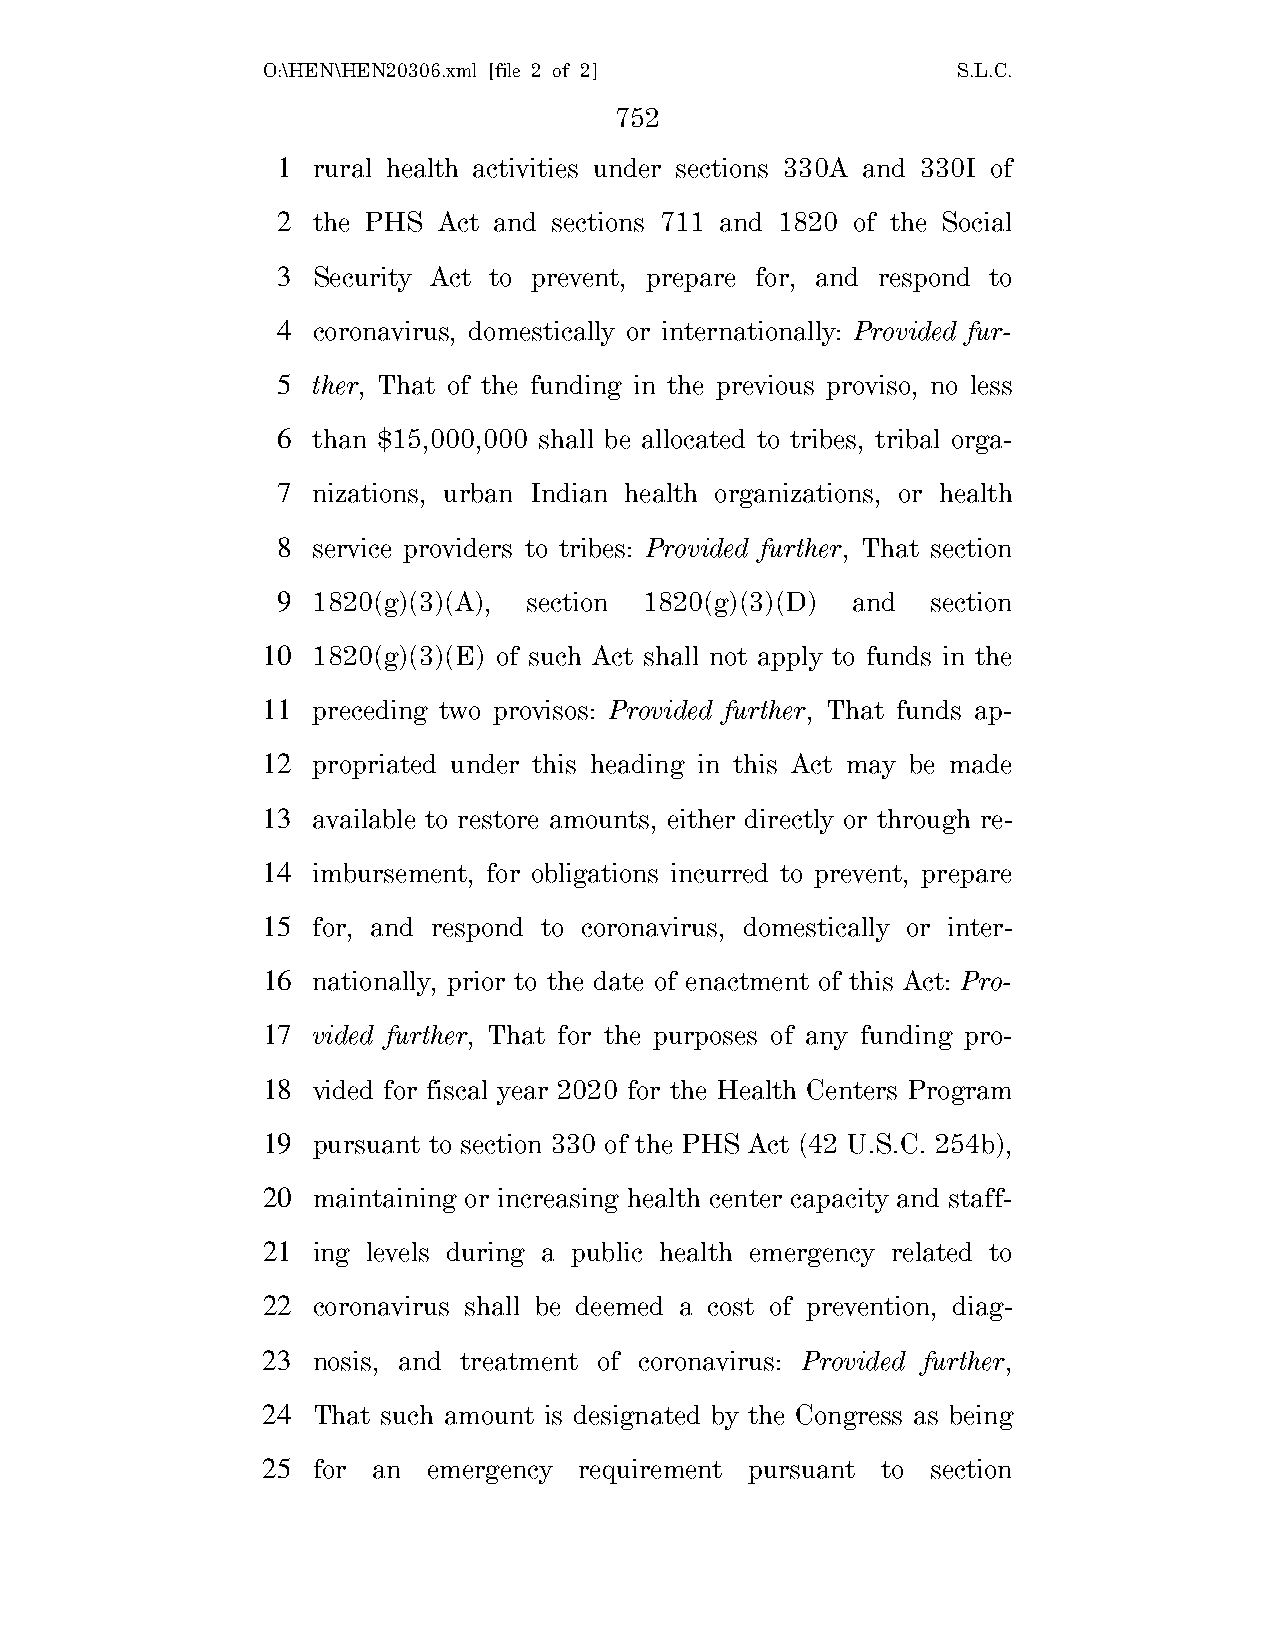
O:\HEN\HEN20306.xml [file 2 of 2]             S.L.C.
 752
 1  rural health activities under sections 330A and 330I of
 2  the PHS Act and sections 711 and 1820 of the Social
 3  Security Act to prevent, prepare for, and respond to
 4  coronavirus, domestically or internationally: Provided fur-
 5  ther, That of the funding in the previous proviso, no less
 6  than $15,000,000 shall be allocated to tribes, tribal orga-
 7  nizations, urban Indian health organizations, or health
 8  service providers to tribes: Provided further, That section
 9  1820(g)(3)(A), section 1820(g)(3)(D) and section
 10  1820(g)(3)(E) of such Act shall not apply to funds in the
 11  preceding two provisos: Provided further, That funds ap-
 12  propriated under this heading in this Act may be made
 13  available to restore amounts, either directly or through re-
 14  imbursement, for obligations incurred to prevent, prepare
 15  for, and respond to coronavirus, domestically or inter-
 16  nationally, prior to the date of enactment of this Act: Pro-
 17  vided further, That for the purposes of any funding pro-
 18  vided for fiscal year 2020 for the Health Centers Program
 19  pursuant to section 330 of the PHS Act (42 U.S.C. 254b),
 20  maintaining or increasing health center capacity and staff-
 21  ing levels during a public health emergency related to
 22  coronavirus shall be deemed a cost of prevention, diag-
 23  nosis, and treatment of coronavirus: Provided further,
 24  That such amount is designated by the Congress as being
 25  for an emergency requirement pursuant to section